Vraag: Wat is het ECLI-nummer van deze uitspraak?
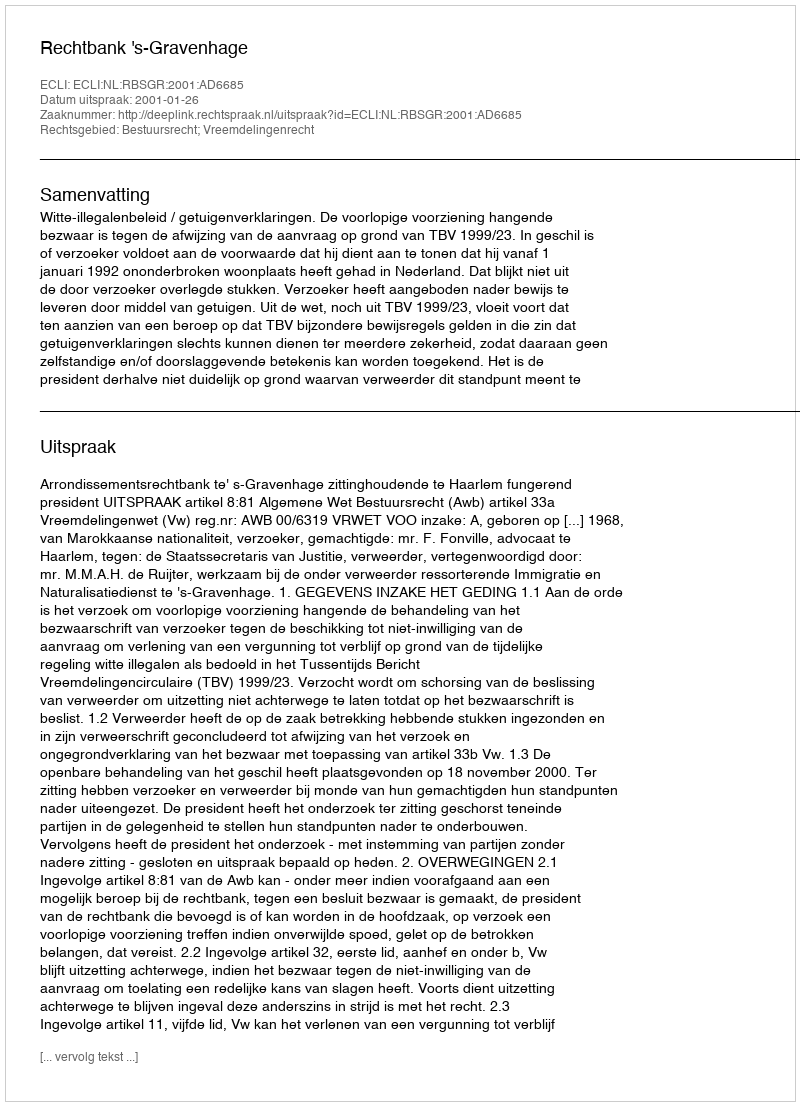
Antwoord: ECLI:NL:RBSGR:2001:AD6685